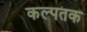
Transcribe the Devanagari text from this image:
कल्पतक